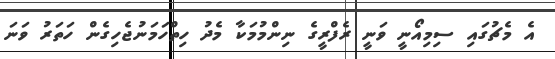
އެ މެޗުގައި ސިމިއޯނީ ވަނީ ރެފްރީގެ ނިންމުމަކާ މެދު ހިތްހަމަނުޖެހިގެން ހަތަރު ވަނަ